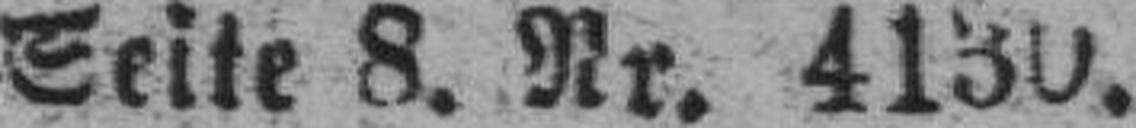
Seite 8. Nr. 4130.